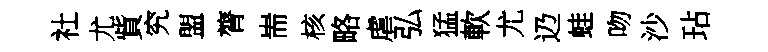
社尤貲究盟膂耑核略虐弘猛軟尤辸蛙吻沙玷